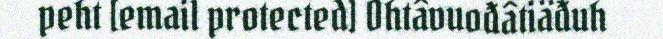
peht [email protected] Ohtâvuođâtiäđuh